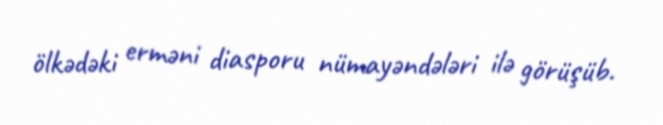
ölkədəki erməni diasporu nümayəndələri ilə görüşüb.